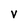
Character: v